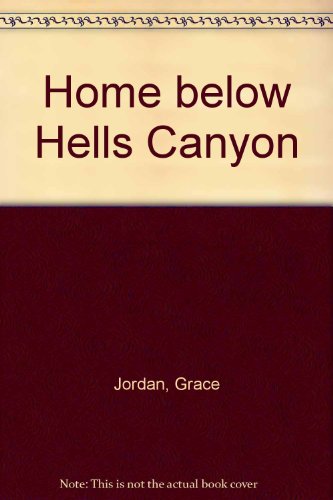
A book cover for Home Below Hell's Canyon; Grace Jordan; Travel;